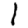
Digit: 1